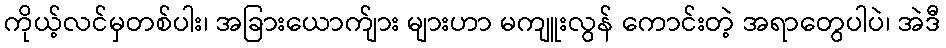
ကိုယ့်လင်မှတစ်ပါး၊ အခြားယောက်ျား များဟာ မကျူးလွန် ကောင်းတဲ့ အရာတွေပါပဲ၊ အဲဒီ